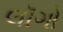
લૉગો